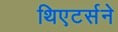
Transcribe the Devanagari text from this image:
थिएटर्सने